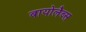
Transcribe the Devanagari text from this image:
बायोलैब्स